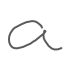
Text: a
Cross-out: clean
Writing tool: digital_gray